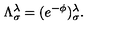
\Lambda ^ { \lambda } _ { \sigma } = ( e ^ { - \phi } ) _ { \sigma } ^ { \lambda } .